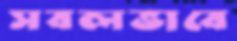
সবলভাবে